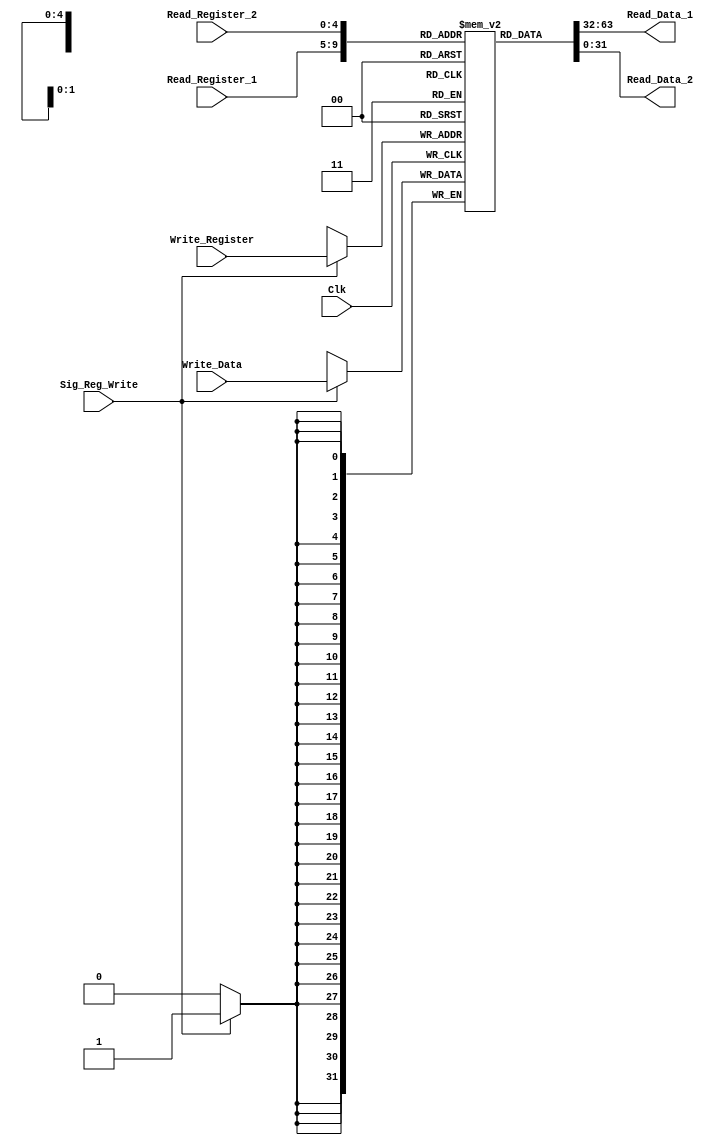
module Registers (
    //Inputs
    input [4:0] Read_Register_1, Read_Register_2, Write_Register, // 5-bit register address 
    input [31:0] Write_Data, // data to be written to the register
    input Clk,Sig_Reg_Write, // set to 1 if register is to be written, 0 otherwise

    //Outputs
    output reg [31:0] Read_Data_1, Read_Data_2 // data read from register
    );

    reg [31:0] Registers [0:31]; // 32 array of registers

    initial begin
        Registers[0] = 32'h00000000; // R0
        Registers[1] = 32'h00000000; // R1
        Registers[2] = 32'h00000000; // R2
        Registers[31] = 32'h00000000; // R32
    end

    assign Read_Data_1 = Registers[Read_Register_1];
    assign Read_Data_2 = Registers[Read_Register_2];

    always @(posedge Clk) begin
        if (Sig_Reg_Write == 1) begin
            Registers[Write_Register] <= Write_Data;
        end
    end
endmodule